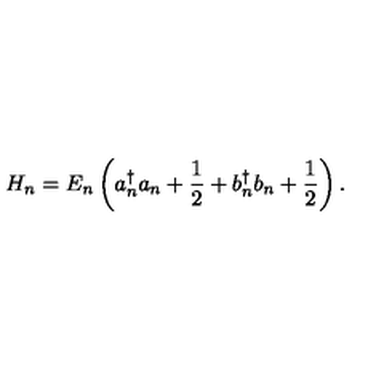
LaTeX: H _ { n } = E _ { n } \left( a _ { n } ^ { \dagger } a _ { n } + \frac { 1 } { 2 } + b _ { n } ^ { \dagger } b _ { n } + \frac { 1 } { 2 } \right) .